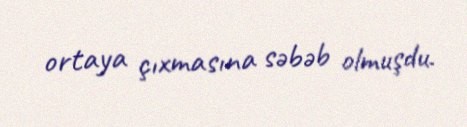
ortaya çıxmasına səbəb olmuşdu.